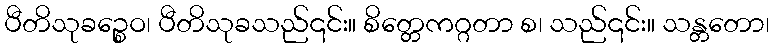
ပီတိသုခဉ္စေဝ၊ ပီတိသုခသည်၎င်း။ စိတ္တေကဂ္ဂတာ စ၊ သည်၎င်း။ သန္တတော၊